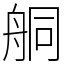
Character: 𦨴